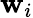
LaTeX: \mathbf{w}_{i}